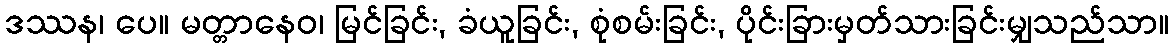
ဒဿန၊ ပေ။ မတ္တာနေဝ၊ မြင်ခြင်း, ခံယူခြင်း, စုံစမ်းခြင်း, ပိုင်းခြားမှတ်သားခြင်းမျှသည်သာ။